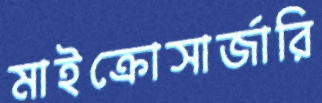
মাইক্রোসার্জারি